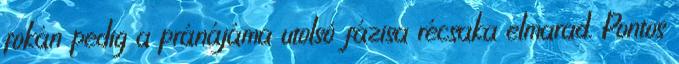
fokán pedig a pránájáma utolsó fázisa récsaka elmarad. Pontos